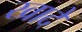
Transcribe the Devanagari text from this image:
खादे